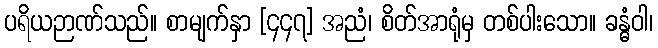
ပရိယဉာဏ်သည်။ စာမျက်နှာ [၄၄၇] အညံ၊ စိတ်အာရုံမှ တစ်ပါးသော။ ခန္ဓံဝါ၊